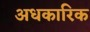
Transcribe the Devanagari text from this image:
अधकारिक